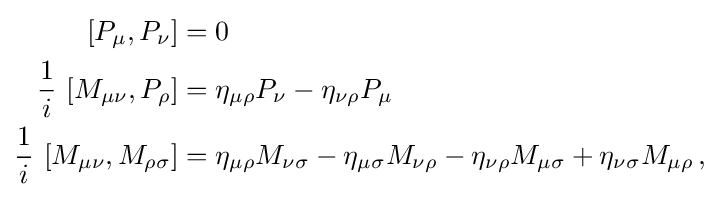
{\begin{aligned}[][P_{\mu },P_{\nu }]&=0\,\\{\frac {1}{i}}~[M_{\mu \nu },P_{\rho }]&=\eta _{\mu \rho }P_{\nu }-\eta _{\nu \rho }P_{\mu }\,\\{\frac {1}{i}}~[M_{\mu \nu },M_{\rho \sigma }]&=\eta _{\mu \rho }M_{\nu \sigma }-\eta _{\mu \sigma }M_{\nu \rho }-\eta _{\nu \rho }M_{\mu \sigma }+\eta _{\nu \sigma }M_{\mu \rho }\,,\end{aligned}}